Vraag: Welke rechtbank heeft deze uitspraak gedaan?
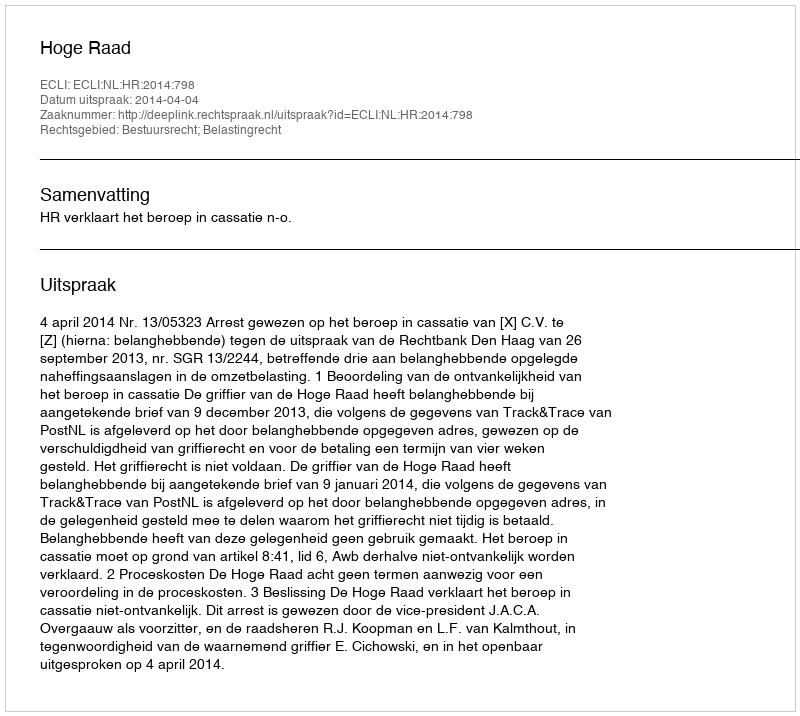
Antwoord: Hoge Raad